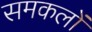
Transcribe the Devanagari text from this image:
समकलों